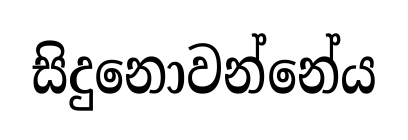
සිදුනොවන්නේය